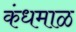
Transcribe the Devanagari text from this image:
कंधमाळ